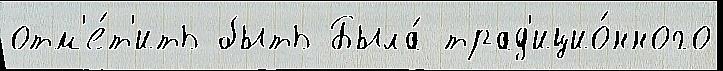
отм'е́т'ить быть Была́ трад'ицио́нного